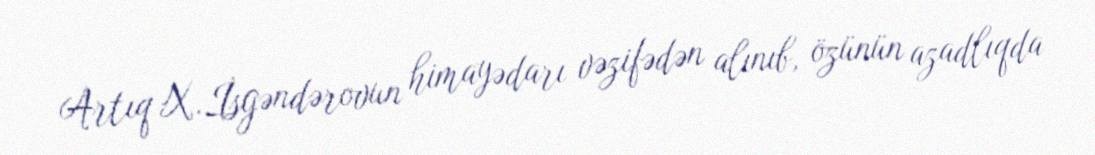
Artıq X.İsgəndərovun himayədarı vəzifədən alınıb, özünün azadlıqda